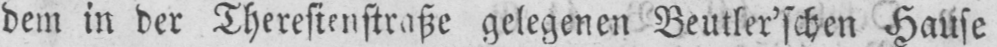
dem in der Theresienstraße gelegenen Beutler’schen Hause